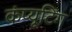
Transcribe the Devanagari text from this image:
कंप्‍यूटिंग